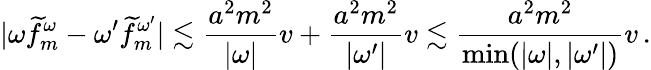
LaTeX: |\omega\widetilde{f}_{m}^{\omega}-{\omega^{\prime}}\widetilde{f}_{m}^{\omega^{\prime}}|\lesssim\frac{a^{2}m^{2}}{|\omega|}v+\frac{a^{2}m^{2}}{|\omega^{\prime}|}v\lesssim\frac{a^{2}m^{2}}{\operatorname*{min}(|\omega|,|\omega^{\prime}|)}v\, .